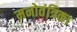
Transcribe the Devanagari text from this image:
मनोतंत्रिका